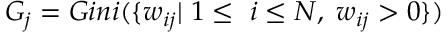
\begin{array} { r } { G _ { j } = G i n i ( \{ w _ { i j } | \; 1 \leq \ i \leq N , \; w _ { i j } > 0 \} ) } \end{array}